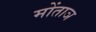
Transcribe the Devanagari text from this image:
मोंताञ